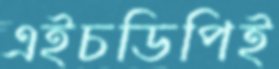
এইচডিপিই